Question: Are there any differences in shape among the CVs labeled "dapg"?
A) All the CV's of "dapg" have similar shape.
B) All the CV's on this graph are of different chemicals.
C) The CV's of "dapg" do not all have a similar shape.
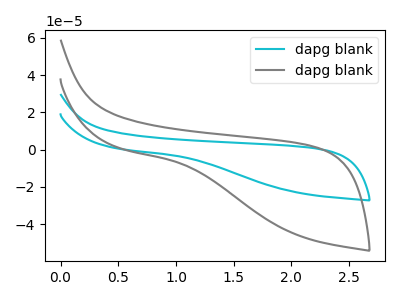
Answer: <think>The cyan curve "dapg blank1" has no peaks. The gray curve "dapg blank2" has no peaks.
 Neither "dapg blank1" or "dapg blank2" have any peaks.</think>
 <answer>A) All the CV's of "dapg" have similar shape.</answer>
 <eval>A</eval>